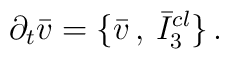
\partial _t \bar v = \{ \bar v  \, , \, \bar I_3^{cl} \} \, .